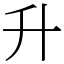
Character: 升